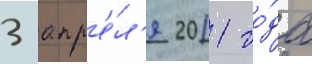
3 апр'е́л'я 2011 го́да